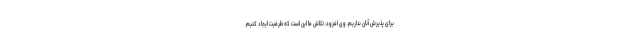
برای پذیرش آنان نداریم. وی افزود: تلاش ما این است که ظرفیت ایجاد کنیم.